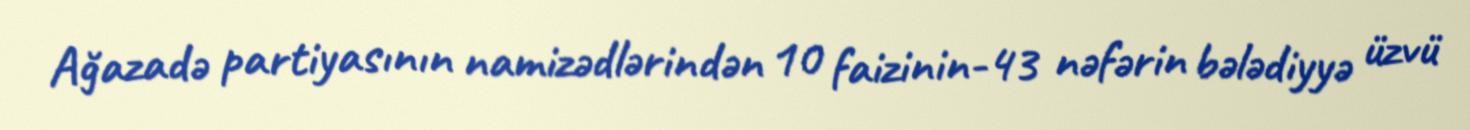
Ağazadə partiyasının namizədlərindən 10 faizinin-43 nəfərin bələdiyyə üzvü